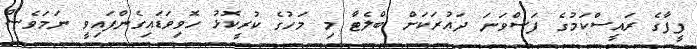
ފީފާގެ ރައީސްކަމުގެ ފަސްވަނަ ދައުރަކަށް ބްލެޓާ މި މަހުގެ ކުރީކޮޅު ހޮވިވަޑައިގެންފައިވީ ނަމަވެސް